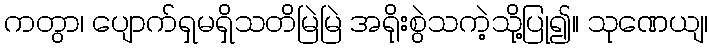
ကတွာ၊ ပျောက်ရှမရှိသတိမြဲမြဲ အရိုးစွဲသကဲ့သို့ပြု၍။ သုဏေယျ၊